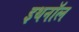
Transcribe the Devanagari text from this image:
इथनॉल